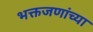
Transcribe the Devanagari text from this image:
भक्तजणांच्या